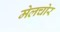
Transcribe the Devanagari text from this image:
मेलचोर